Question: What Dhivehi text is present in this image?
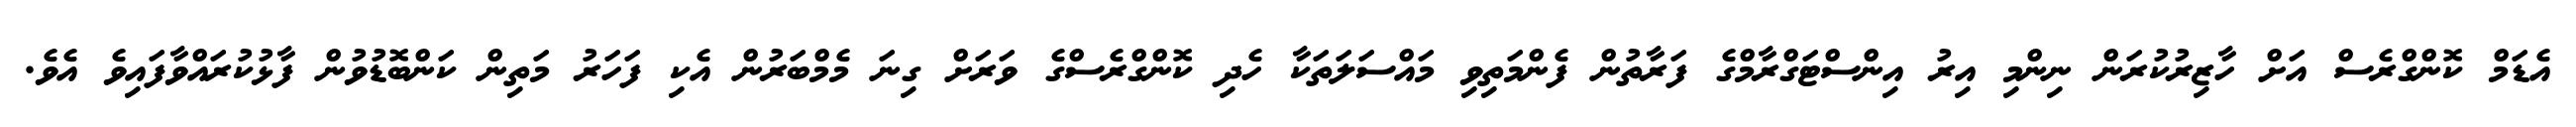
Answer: އެޑަމް ކޮންގްރެސް އަށް ހާޒިރުކުރަން ނިންމި އިރު އިންސްޓަގްރާމްގެ ފަރާތުން ފެންމަތިވި މައްސަލަތަކާ ހެދި ކޮންގްރެސްގެ ވަރަށް ގިނަ މެމްބަރުން އެކި ފަހަރު މަތިން ކަންބޮޑުވުން ފާޅުކުރައްވާފައިވެ އެވެ.